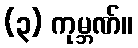
(၃) ကုမ္ဘဏ်။